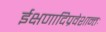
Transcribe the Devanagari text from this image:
ईक्षणादिप्रवेशान्तः